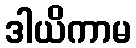
ဒါယိကာမ